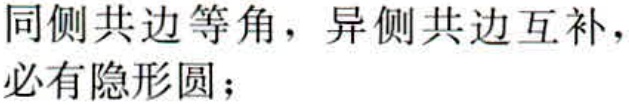
同侧共边等角，异侧共边互补，必有隐形圆；